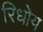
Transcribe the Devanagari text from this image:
रिधोय